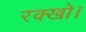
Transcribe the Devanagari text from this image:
रक्खो।